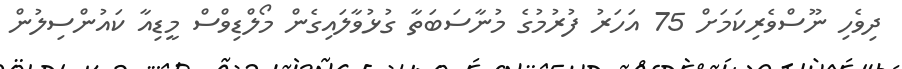
ދިވެހި ނޫސްވެރިކަމަށް 75 އަހަރު ފުރުމުގެ މުނާސަބަތާ ގުޅުވާލައިގެން މޯލްޑިވްސް މީޑިއާ ކައުންސިލުން